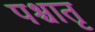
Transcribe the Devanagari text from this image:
पश्चातृ